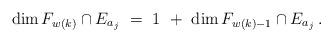
LaTeX: \begin{align*} \dim F_{w(k)}\cap E_{a_j}\ =\ 1\ +\ \dim F_{w(k)-1}\cap E_{a_j}\,.\end{align*}